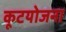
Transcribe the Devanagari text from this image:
कूटयोजना